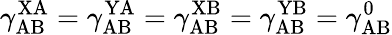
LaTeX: \gamma_{\mathrm{AB}}^{\mathrm{XA}}=\gamma_{\mathrm{AB}}^{\mathrm{YA}}=\gamma_{\mathrm{AB}}^{\mathrm{XB}}=\gamma_{\mathrm{AB}}^{\mathrm{YB}}=\gamma_{\mathrm{AB}}^{0}